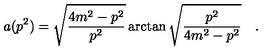
a ( p ^ { 2 } ) = \sqrt { \frac { 4 m ^ { 2 } - p ^ { 2 } } { p ^ { 2 } } } \arctan \sqrt { \frac { p ^ { 2 } } { 4 m ^ { 2 } - p ^ { 2 } } } \quad .